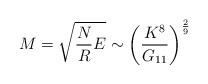
LaTeX: \begin{align*}M=\sqrt{ \frac{N}{R} E} \sim \left( \frac{K^8}{G_{11}}\right)^{\frac{2}{9}}\end{align*}